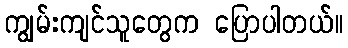
ကျွမ်းကျင်သူတွေက ပြောပါတယ်။